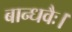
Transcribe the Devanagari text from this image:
बान्धवैः।